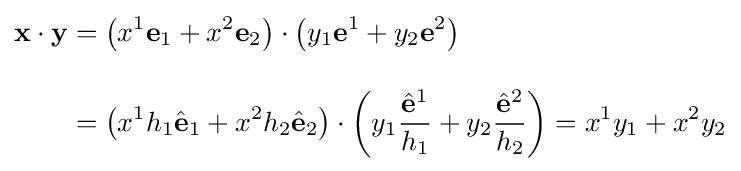
{\begin{aligned}\mathbf {x} \cdot \mathbf {y} &=\left(x^{1}\mathbf {e} _{1}+x^{2}\mathbf {e} _{2}\right)\cdot \left(y_{1}\mathbf {e} ^{1}+y_{2}\mathbf {e} ^{2}\right)\\[10pt]&=\left(x^{1}h_{1}{\hat {\mathbf {e} }}_{1}+x^{2}h_{2}{\hat {\mathbf {e} }}_{2}\right)\cdot \left(y_{1}{\frac {{\hat {\mathbf {e} }}^{1}}{h_{1}}}+y_{2}{\frac {{\hat {\mathbf {e} }}^{2}}{h_{2}}}\right)=x^{1}y_{1}+x^{2}y_{2}\end{aligned}}